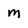
Character: m